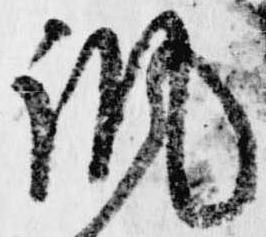
諷